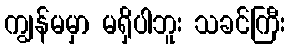
ကျွန်မမှာ မရှိပါဘူး သခင်ကြီး